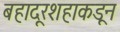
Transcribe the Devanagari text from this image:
बहादूरशहाकडून